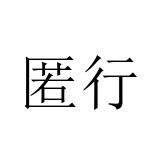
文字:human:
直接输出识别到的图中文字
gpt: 匿行